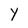
Character: Y